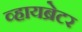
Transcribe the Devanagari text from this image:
व्हायब्रेटर